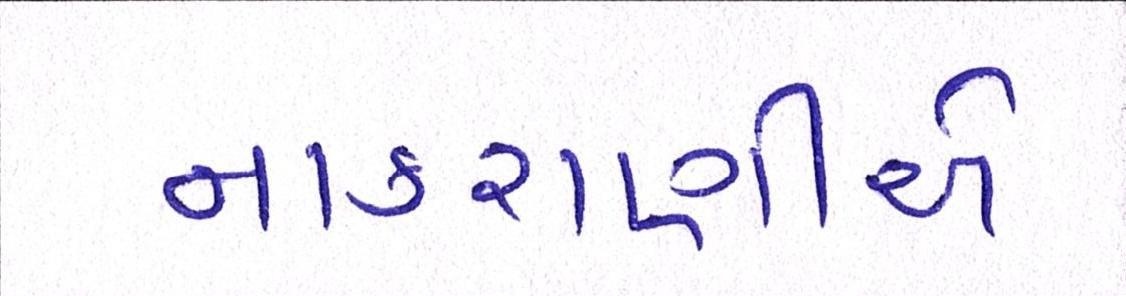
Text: નાકરાણીએ